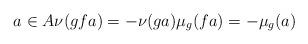
LaTeX: \begin{align*} a \in A \nu(gfa) = -\nu(ga) \mu_g(fa) = -\mu_g(a) \end{align*}